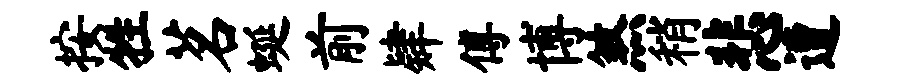
按牲茗蜒前肄傅博煞稍悲遭